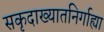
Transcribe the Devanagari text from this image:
सकृदाख्यातनिर्गाह्या